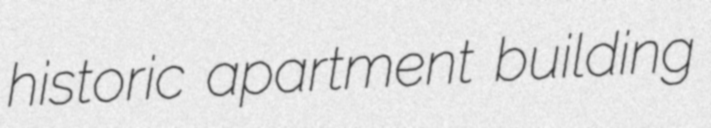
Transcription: historic apartment building